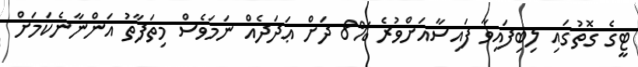
ޓީގެ ގޮތުގައި ލިބިފައިވާ ފައިސާއަށްވުރެ %8 ދަށް ޢަދަދެއް ނަމަވެސް މިތަފާތު އަންނާނެކަމަށް